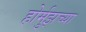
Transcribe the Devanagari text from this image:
होर्मुझच्या